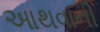
આથવાની